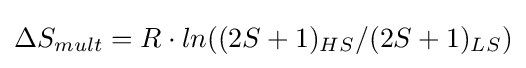
\Delta {S}_{mult}=R\cdot ln((2S+1)_{HS}/(2S+1)_{LS})